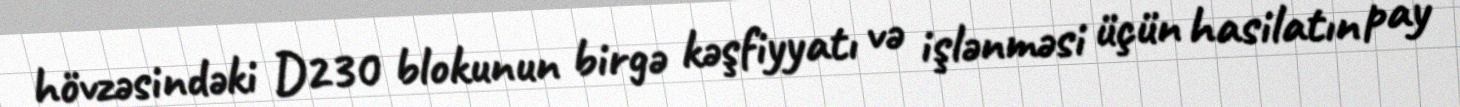
hövzəsindəki D230 blokunun birgə kəşfiyyatı və işlənməsi üçün hasilatın pay